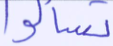
تسألوا